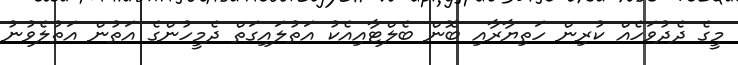
މީގެ ދެދުވަހެއް ކުރިން ހަތިޔާރާއި ބޮން ބެލްޓާއިއެކު އަތުލައިގަތް ދެމީހުންގެ އަތުން އަތުލެވުނު